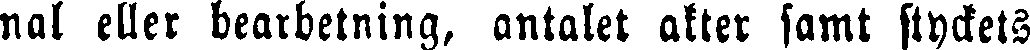
nal eller bearbetning, antalet akter samt styckets